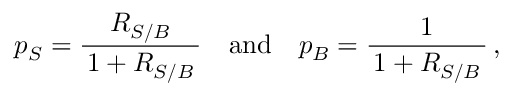
p _ { S } = \frac { R _ { S / B } } { \, 1 + R _ { S / B } \, } \quad \mathrm { a n d } \quad p _ { B } = \frac { 1 } { \, 1 + R _ { S / B } \, } \, ,